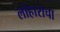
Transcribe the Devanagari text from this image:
लोहाराचा